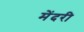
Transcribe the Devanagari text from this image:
मेंदरी